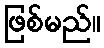
ဖြစ်မည်။